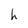
Character: h